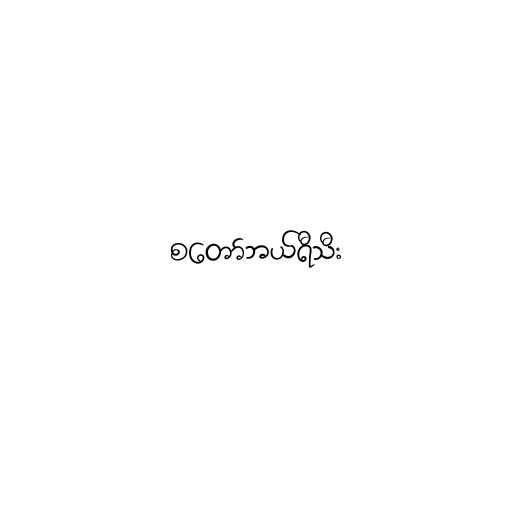
စတော်ဘယ်ရီသီး